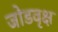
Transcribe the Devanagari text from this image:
जोडवृक्ष